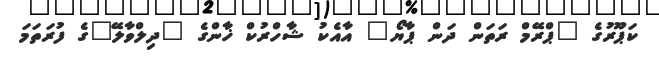
ކަޕޫރުގެ "ޕްރޭމް ރަތަން ދަން ޕާޔޯ" އާއެކު ޝާހްރުކް ޚާންގެ "ދިލްވާލޭ"ގެ ފުރަތަމަ